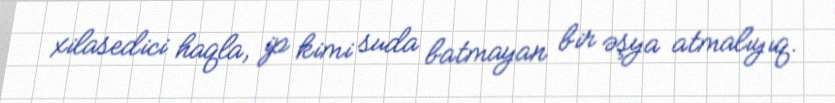
xilasedici haqla, ip kimi suda batmayan bir əşya atmalıyıq.